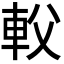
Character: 𨊽